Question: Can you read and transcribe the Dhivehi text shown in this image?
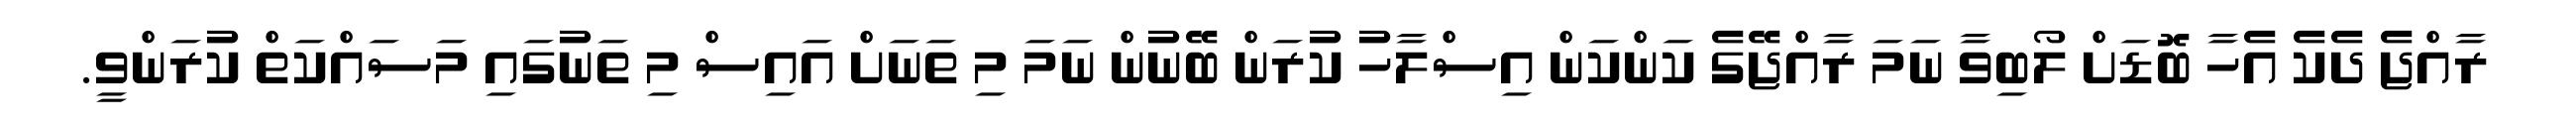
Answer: ރާއްޖެ ދެކެ އެހާ ބޮޑަށް ލޯބިވާ ނަމަ ރާއްޖޭގެ ކަންކަން އިސްލާހު ކުރަން ބޭނުން ނަމަ މި ތަނަށް އައިސް މި ތަނުގައި މަސައްކަތް ކުރަންވީ.